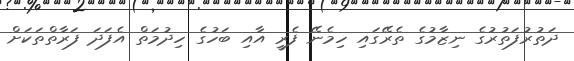
ދަތުރުފަތުރުގެ ނިޒާމުގެ ތެރޭގައި ހިމެނޭ ފެރީ އާއި ބަހުގެ ހިދުމަތް އެފަދަ ފަރާތްތަކަށް